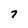
Character: 7